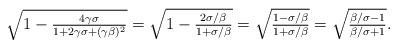
LaTeX: \begin{align*}\sqrt{1-\tfrac{4\gamma\sigma}{1+2\gamma\sigma+(\gamma\beta)^2}} = \sqrt{1-\tfrac{2\sigma/\beta}{1+\sigma/\beta}}=\sqrt{\tfrac{1-\sigma/\beta}{1+\sigma/\beta}}=\sqrt{\tfrac{\beta/\sigma-1}{\beta/\sigma+1}}.\end{align*}